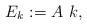
LaTeX: \begin{align*}E_k := A\ k,\end{align*}